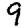
Digit: 9